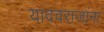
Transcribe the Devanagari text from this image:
यादवराजांना